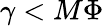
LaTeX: \gamma<M\Phi